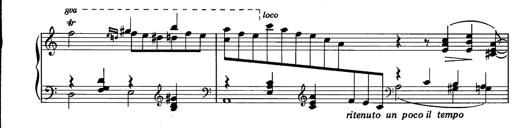
Title: La romanesca
Composer: Franz Liszt